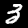
Label: 3